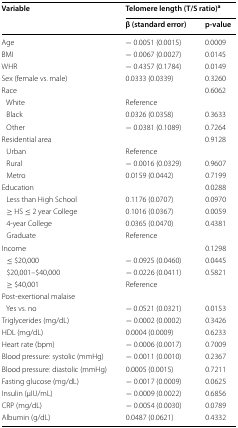
<table><thead><tr><td rowspan="2"><b>Variable</b></td><td colspan="2"><b>Telomere length (T/S ratio)<sup>a</sup></b></td></tr><tr><td><b>β (standard error)</b></td><td><b>p-value</b></td></tr></thead><tbody><tr><td>Age</td><td>− 0.0051 (0.0015)</td><td>0.0009</td></tr><tr><td>BMI</td><td>− 0.0067 (0.0027)</td><td>0.0145</td></tr><tr><td>WHR</td><td>− 0.4357 (0.1784)</td><td>0.0149</td></tr><tr><td>Sex (female vs. male)</td><td>0.0333 (0.0339)</td><td>0.3260</td></tr><tr><td>Race</td><td>[EMPTY_CELL]</td><td>0.6062</td></tr><tr><td> White</td><td>Reference</td><td>[EMPTY_CELL]</td></tr><tr><td> Black</td><td>0.0326 (0.0358)</td><td>0.3633</td></tr><tr><td> Other</td><td>− 0.0381 (0.1089)</td><td>0.7264</td></tr><tr><td>Residential area</td><td>[EMPTY_CELL]</td><td>0.9128</td></tr><tr><td> Urban</td><td>Reference</td><td>[EMPTY_CELL]</td></tr><tr><td> Rural</td><td>− 0.0016 (0.0329)</td><td>0.9607</td></tr><tr><td> Metro</td><td>0.0159 (0.0442)</td><td>0.7199</td></tr><tr><td>Education</td><td>[EMPTY_CELL]</td><td>0.0288</td></tr><tr><td> Less than High School</td><td>0.1176 (0.0707)</td><td>0.0970</td></tr><tr><td> ≥ HS ≤ 2 year College</td><td>0.1016 (0.0367)</td><td>0.0059</td></tr><tr><td> 4-year College</td><td>0.0365 (0.0470)</td><td>0.4381</td></tr><tr><td> Graduate</td><td>Reference</td><td>[EMPTY_CELL]</td></tr><tr><td>Income</td><td>[EMPTY_CELL]</td><td>0.1298</td></tr><tr><td> ≤ $20,000</td><td>− 0.0925 (0.0460)</td><td>0.0445</td></tr><tr><td> $20,001–$40,000</td><td>− 0.0226 (0.0411)</td><td>0.5821</td></tr><tr><td> ≥ $40,001</td><td>Reference</td><td>[EMPTY_CELL]</td></tr><tr><td colspan="3">Post-exertional malaise</td></tr><tr><td> Yes vs. no</td><td>− 0.0521 (0.0321)</td><td>0.0153</td></tr><tr><td>Triglycerides (mg/dL)</td><td>− 0.0002 (0.0002)</td><td>0.3426</td></tr><tr><td>HDL (mg/dL)</td><td>0.0004 (0.0009)</td><td>0.6233</td></tr><tr><td>Heart rate (bpm)</td><td>− 0.0006 (0.0017)</td><td>0.7009</td></tr><tr><td>Blood pressure: systolic (mmHg)</td><td>− 0.0011 (0.0010)</td><td>0.2367</td></tr><tr><td>Blood pressure: diastolic (mmHg)</td><td>0.0005 (0.0015)</td><td>0.7211</td></tr><tr><td>Fasting glucose (mg/dL)</td><td>− 0.0017 (0.0009)</td><td>0.0625</td></tr><tr><td>Insulin (μIU/mL)</td><td>− 0.0009 (0.0022)</td><td>0.6856</td></tr><tr><td>CRP (mg/dL)</td><td>− 0.0054 (0.0030)</td><td>0.0789</td></tr><tr><td>Albumin (g/dL)</td><td>0.0487 (0.0621)</td><td>0.4332</td></tr></tbody></table>